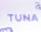
tuna